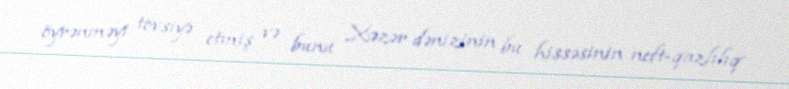
öyrənməyi tövsiyə etmiş və bunu Xəzər dənizinin bu hissəsinin neft-qazlılıq